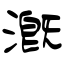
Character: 漑